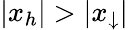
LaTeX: |x_{h}|>|x_{\downarrow}|